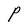
Character: P